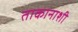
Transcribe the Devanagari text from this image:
ताकानाशी